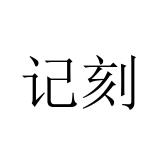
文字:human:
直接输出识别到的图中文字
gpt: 记刻